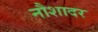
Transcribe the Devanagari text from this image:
नौशादर